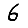
Digit: 6